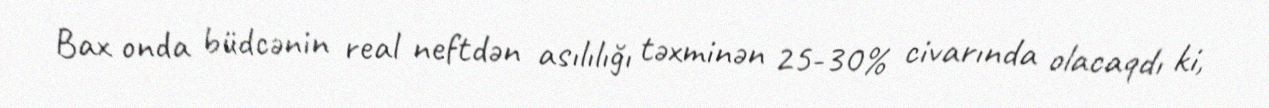
Bax onda büdcənin real neftdən asılılığı təxminən 25-30% civarında olacaqdı ki,